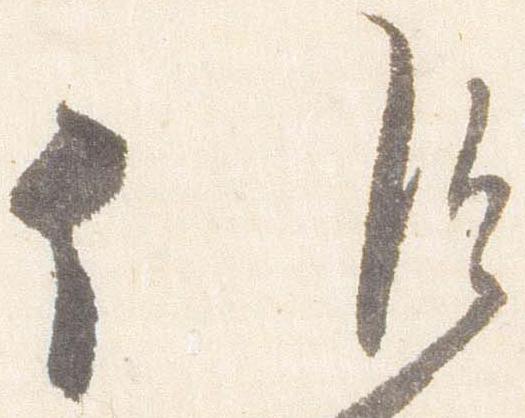
候